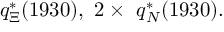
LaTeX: q _ { \Xi } ^ { \ast } ( 1 9 3 0 ) \mathrm { , ~ 2 } \times \mathrm { ~ } q _ { N } ^ { \ast } ( 1 9 3 0 ) \mathrm { . }